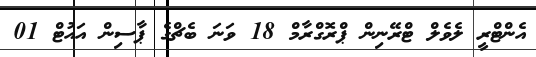
އެންޓްރީ ލެވެލް ޓްރޭނިން ޕްރޮގްރާމް 18 ވަނަ ބެޗްގެ ޕާސިން އައުޓް 01